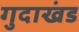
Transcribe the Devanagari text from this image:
गुदाखंड